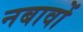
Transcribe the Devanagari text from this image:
नबावों